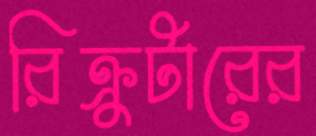
রিক্রুটারের